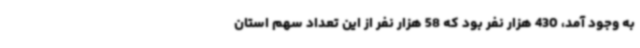
به وجود آمد، 430 هزار نفر بود که 58 هزار نفر از این تعداد سهم استان